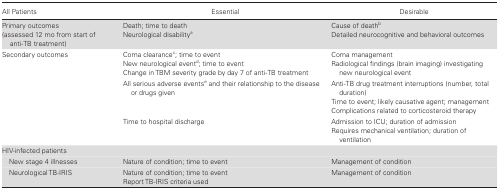
<table><thead><tr><td><b>All Patients</b></td><td><b>Essential</b></td><td><b>Desirable</b></td></tr></thead><tbody><tr><td>Primary outcomes(assessed 12 mo from start of anti-TBtreatment)</td><td>Death; time to deathNeurological disability<sup>a</sup></td><td>Cause of death<sup>b</sup>Detailed neurocognitive and behavioral outcomes</td></tr><tr><td>Secondary outcomes</td><td>Coma clearance<sup>c</sup>; time to eventNew neurological event<sup>d</sup>; time to eventChangein TBM severity grade by day 7 of anti-TB treatment</td><td>Coma managementRadiological findings (brain imaging)investigating new neurological event</td></tr><tr><td></td><td>All serious adverse events<sup>e</sup> and their relationship to the disease or drugs given</td><td>Anti-TB drug treatment interruptions (number, totalduration)Time to event; likely causative agent;managementComplications related to corticosteroid therapy</td></tr><tr><td></td><td>Time to hospital discharge</td><td>Admission to ICU; duration of admissionRequires mechanicalventilation; duration of ventilation</td></tr><tr><td colspan="3">HIV-infected patients</td></tr><tr><td> New stage 4 illnesses</td><td>Nature of condition; time to event</td><td>Management of condition</td></tr><tr><td> Neurological TB-IRIS</td><td>Nature of condition; time to eventReport TB-IRIS criteriaused</td><td>Management of condition</td></tr></tbody></table>